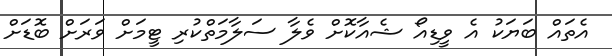
އެތައް ބަޔަކު އެ ވީޑިއޯ ޝެއާކޮށް ވެލާ ސަލާމަތްކުރި ޓީމަށް ވަރަށް ބޮޑަށް